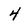
Character: 4